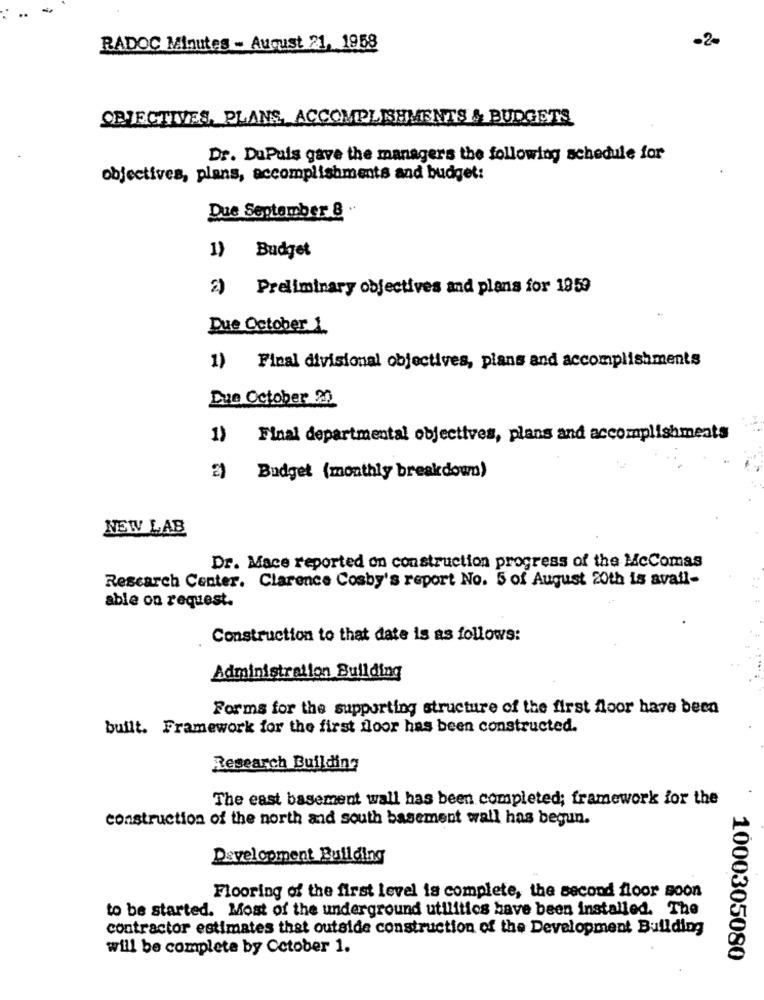
..
-2-
RADOC Minutes - August 21, 1958
OBJECTIVES, PLANS, ACCOMPLISHMENTS & BUDGETS
Dr. DuPuis gave the managers the following schedule for
objectives, plans, accomplishments and budget:
Due September 8 "
1) Budget
2) Preliminary objectives and plans for 1959
Due October 1.
1) Final divisional objectives, plans and accomplishments
Due October 20
1) Final departmental objectives, plans and accomplishments
2) Budget (monthly breakdown)
NEW LAB
Dr. Mace reported on construction progress of the McComas
Research Center. Clarence Cosby's report No. 5 of August 20th is avail-
able on request.
Construction to that date is as follows:
Administration Building
Forms for the supporting structure of the first floor have been
built. Framework for the first floor has been constructed.
Research Building
The east basement wall has been completed; framework for the
construction of the north and south basement wall has begun.
Development Building
Flooring of the first level is complete, the second floor soon
to be started. Most of the underground utilities have been installed. The
contractor estimates that outside construction of the Development Building
will be complete by October 1.
1000305080